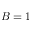
B = 1